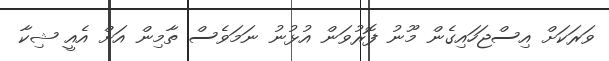
ވަރަކަށް އިސްޖަހައިގެން މޫނު ފޮރުވަން އުޅުނު ނަމަވެސް ތާމިން އަށް އެއީ ޝިކާ